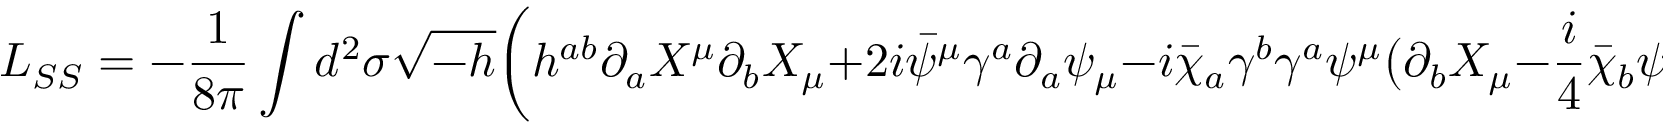
L _ { S S } = - { \frac { 1 } { 8 \pi } } \int d ^ { 2 } \sigma \sqrt { - h } \bigg ( h ^ { a b } \partial _ { a } X ^ { \mu } \partial _ { b } X _ { \mu } + 2 i \bar { \psi } ^ { \mu } \gamma ^ { a } \partial _ { a } \psi _ { \mu } - i \bar { \chi } _ { a } \gamma ^ { b } \gamma ^ { a } \psi ^ { \mu } \big ( \partial _ { b } X _ { \mu } - { \frac { i } { 4 } } \bar { \chi } _ { b } \psi _ { \mu } \big ) \bigg ) ,